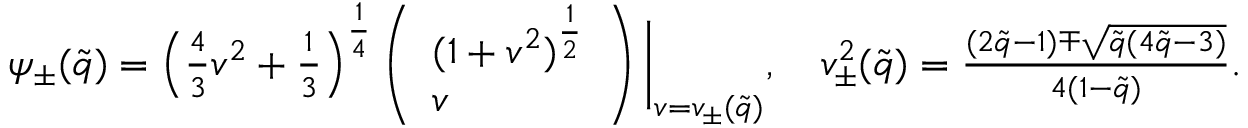
\begin{array} { r } { \psi _ { \pm } ( \tilde { q } ) = \left( \frac { 4 } { 3 } v ^ { 2 } + \frac { 1 } { 3 } \right) ^ { \frac { 1 } { 4 } } \left( \begin{array} { l } { ( 1 + v ^ { 2 } ) ^ { \frac { 1 } { 2 } } } \\ { v } \end{array} \right) \bigg \vert _ { v = v _ { \pm } ( \tilde { q } ) } , \quad v _ { \pm } ^ { 2 } ( \tilde { q } ) = \frac { ( 2 \tilde { q } - 1 ) \mp \sqrt { \tilde { q } ( 4 \tilde { q } - 3 ) } } { 4 ( 1 - \tilde { q } ) } . } \end{array}